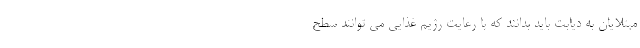
مبتلایان به دیابت باید بدانند که با رعایت رژیم غذایی می توانند سطح